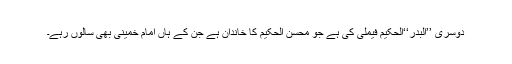
دوسری ’’البدر‘‘الحکیم فیملی کی ہے جو محسن الحکیم کا خاندان ہے جن کے ہاں امام خمینی بھی سالوں رہے۔